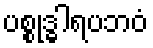
ပစ္စုဒ္ဓါရပဘဝံ